Trukikaitis_Postimees, lk 23
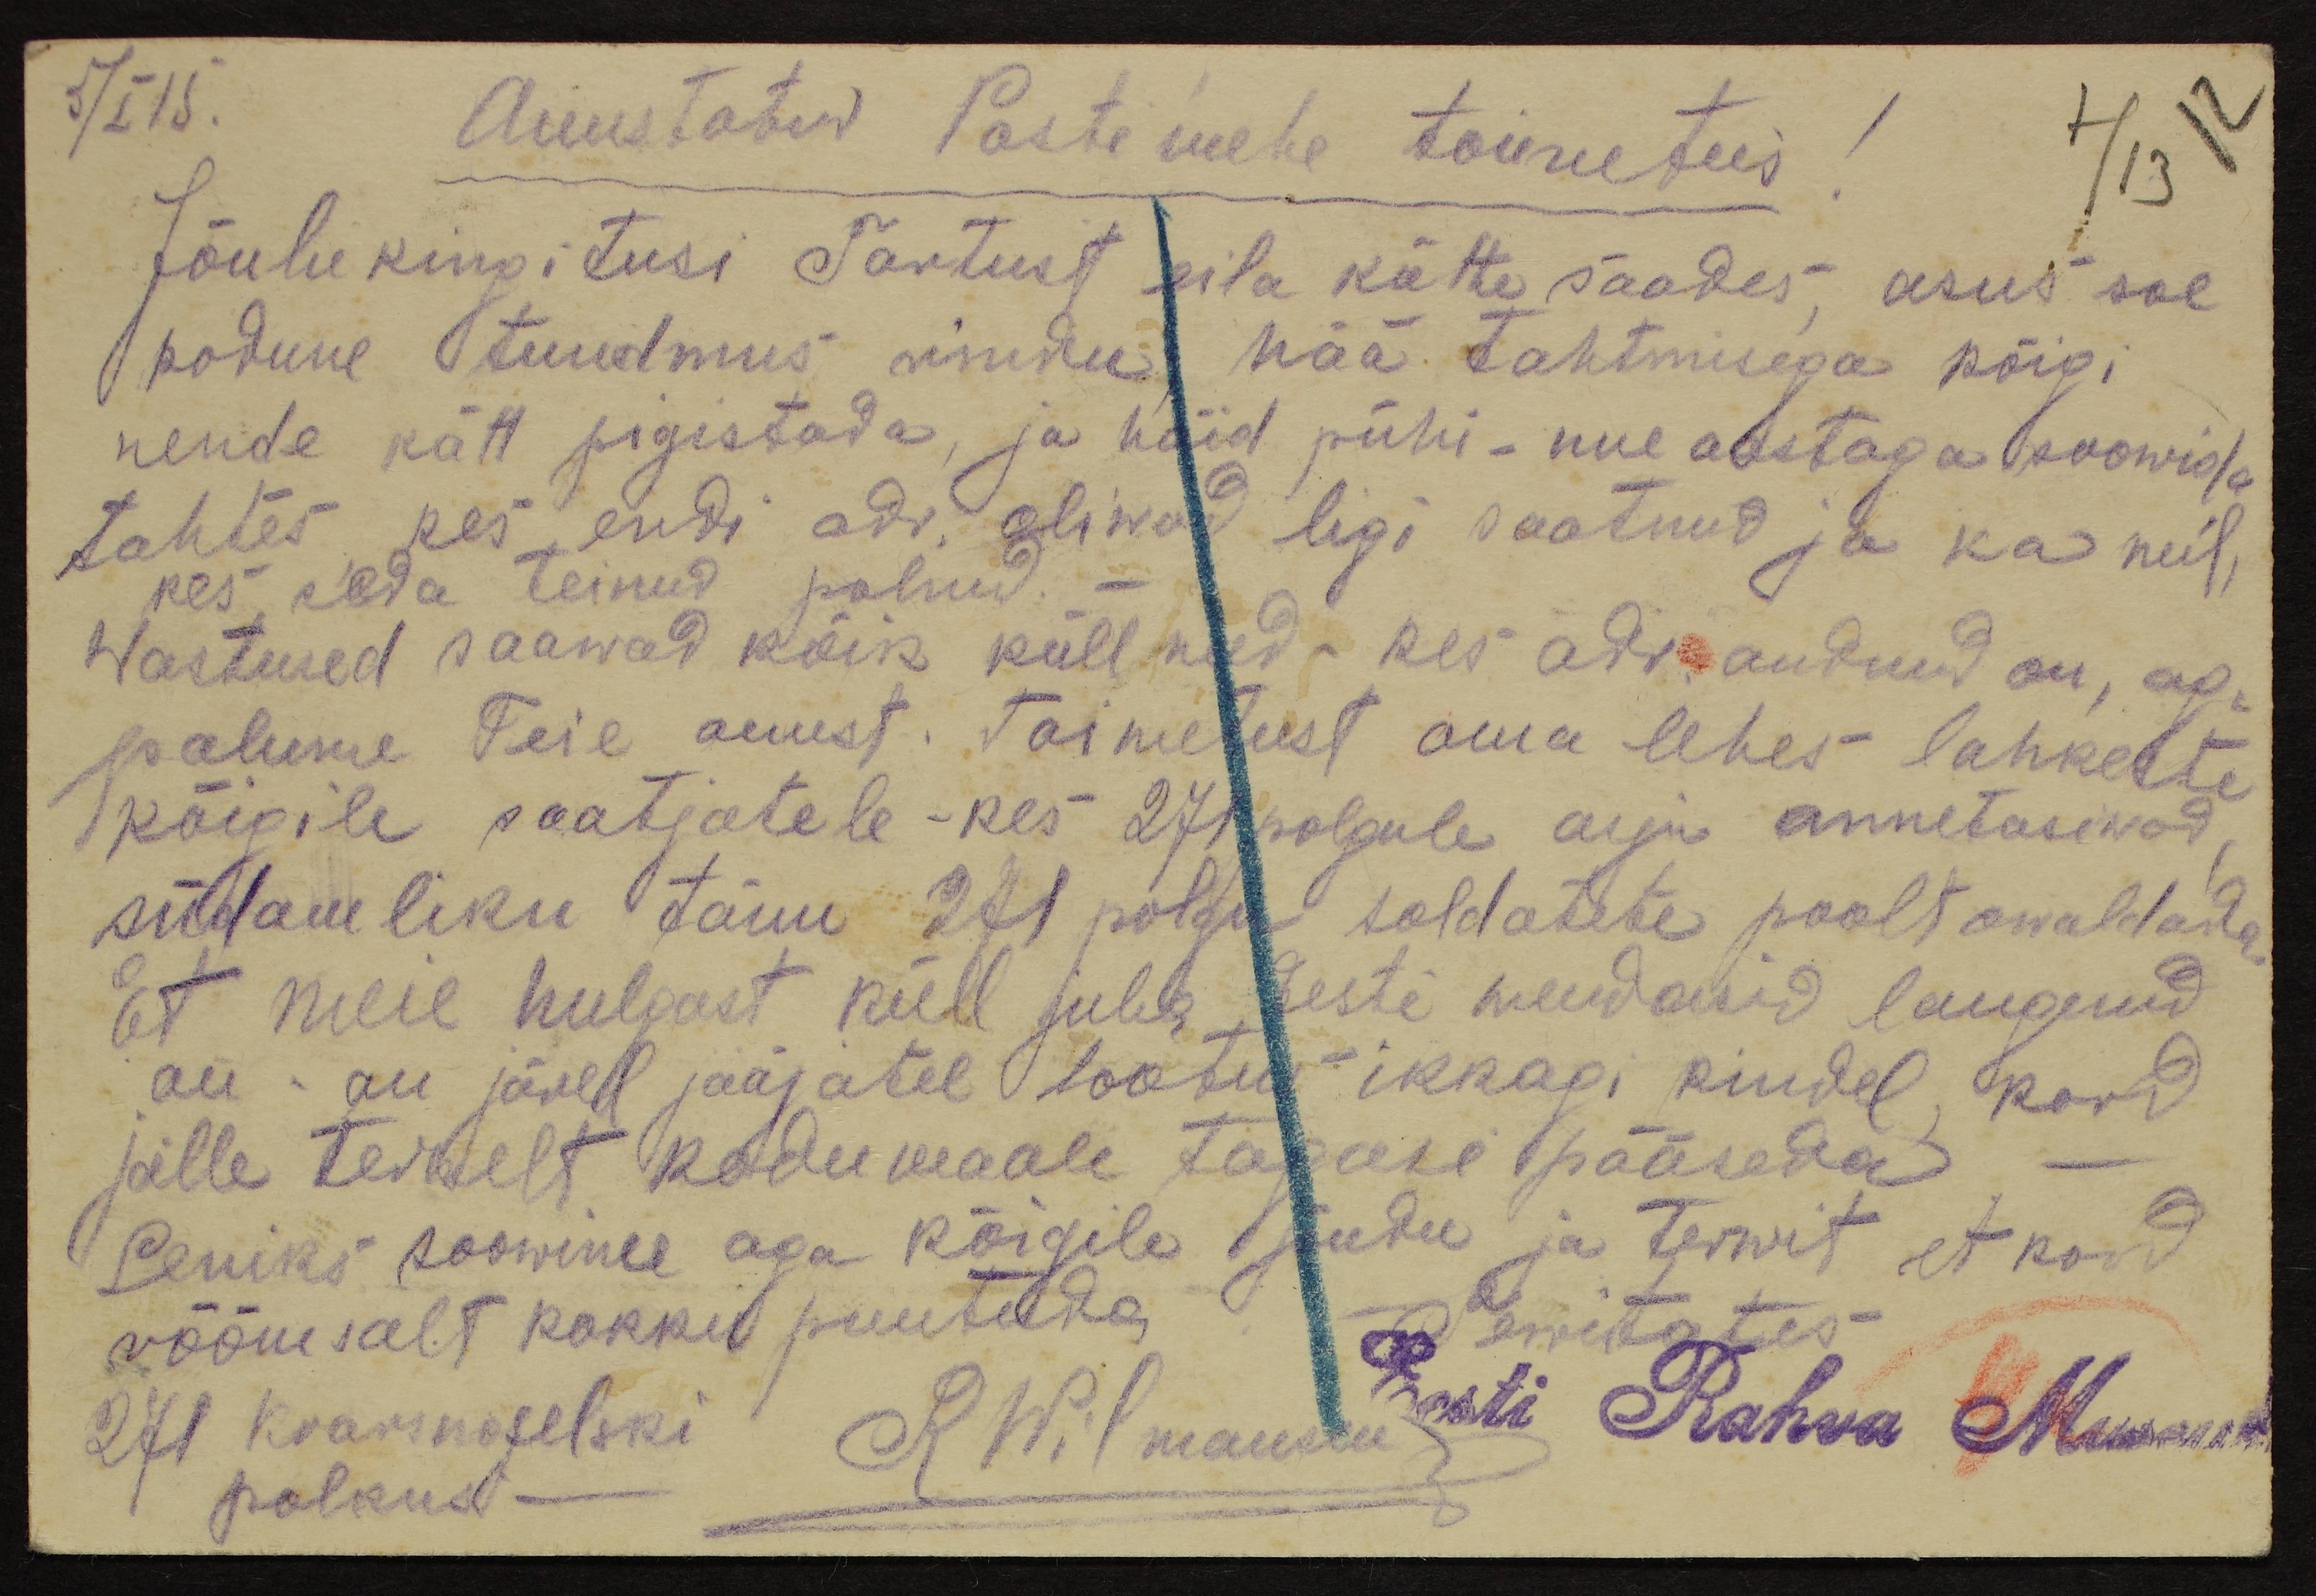
5/I 15.
Auustatud Posti mehe toimetus!
Jõulukingitusi Tartust eila kätte saades asus soe
kodune tundmus rindu hää tahtmisega kõigi
nende kätt pigistada, ja häid pühi - uue aastaga soowida
tahtes kes endi adr. oliwad ligi saatnud ja ka neil
kes seda teinud polnud.
Wastused saawad kõik küll need - kes adr. andnud on, aga
palume Teie auust. Toimetust oma lehes lahkeste
kõigile saatjatele kes 271 polgule asju annetasiwad,
südamliku tänu 271 polgu soldatite poolt awaldada
et meie hulgast küll juba Eesti wendasid langenud
on - on järel jääjatel lootus ikkagi kindel kord
jälle terwelt kodu maale tagasi pääseda
Seniks soowime aga kõigile jõudu ja terwit, et kord
rõõmsalt kokku puutuda.
Tervitates
271 Krasnoselski
R Wilmansen
Eesti Rahva Museum
polkust